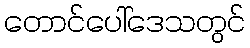
တောင်ပေါ်ဒေသတွင်